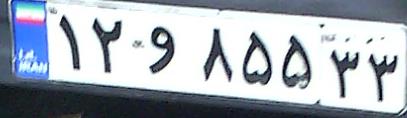
۱۲و۸۵۵۳۳